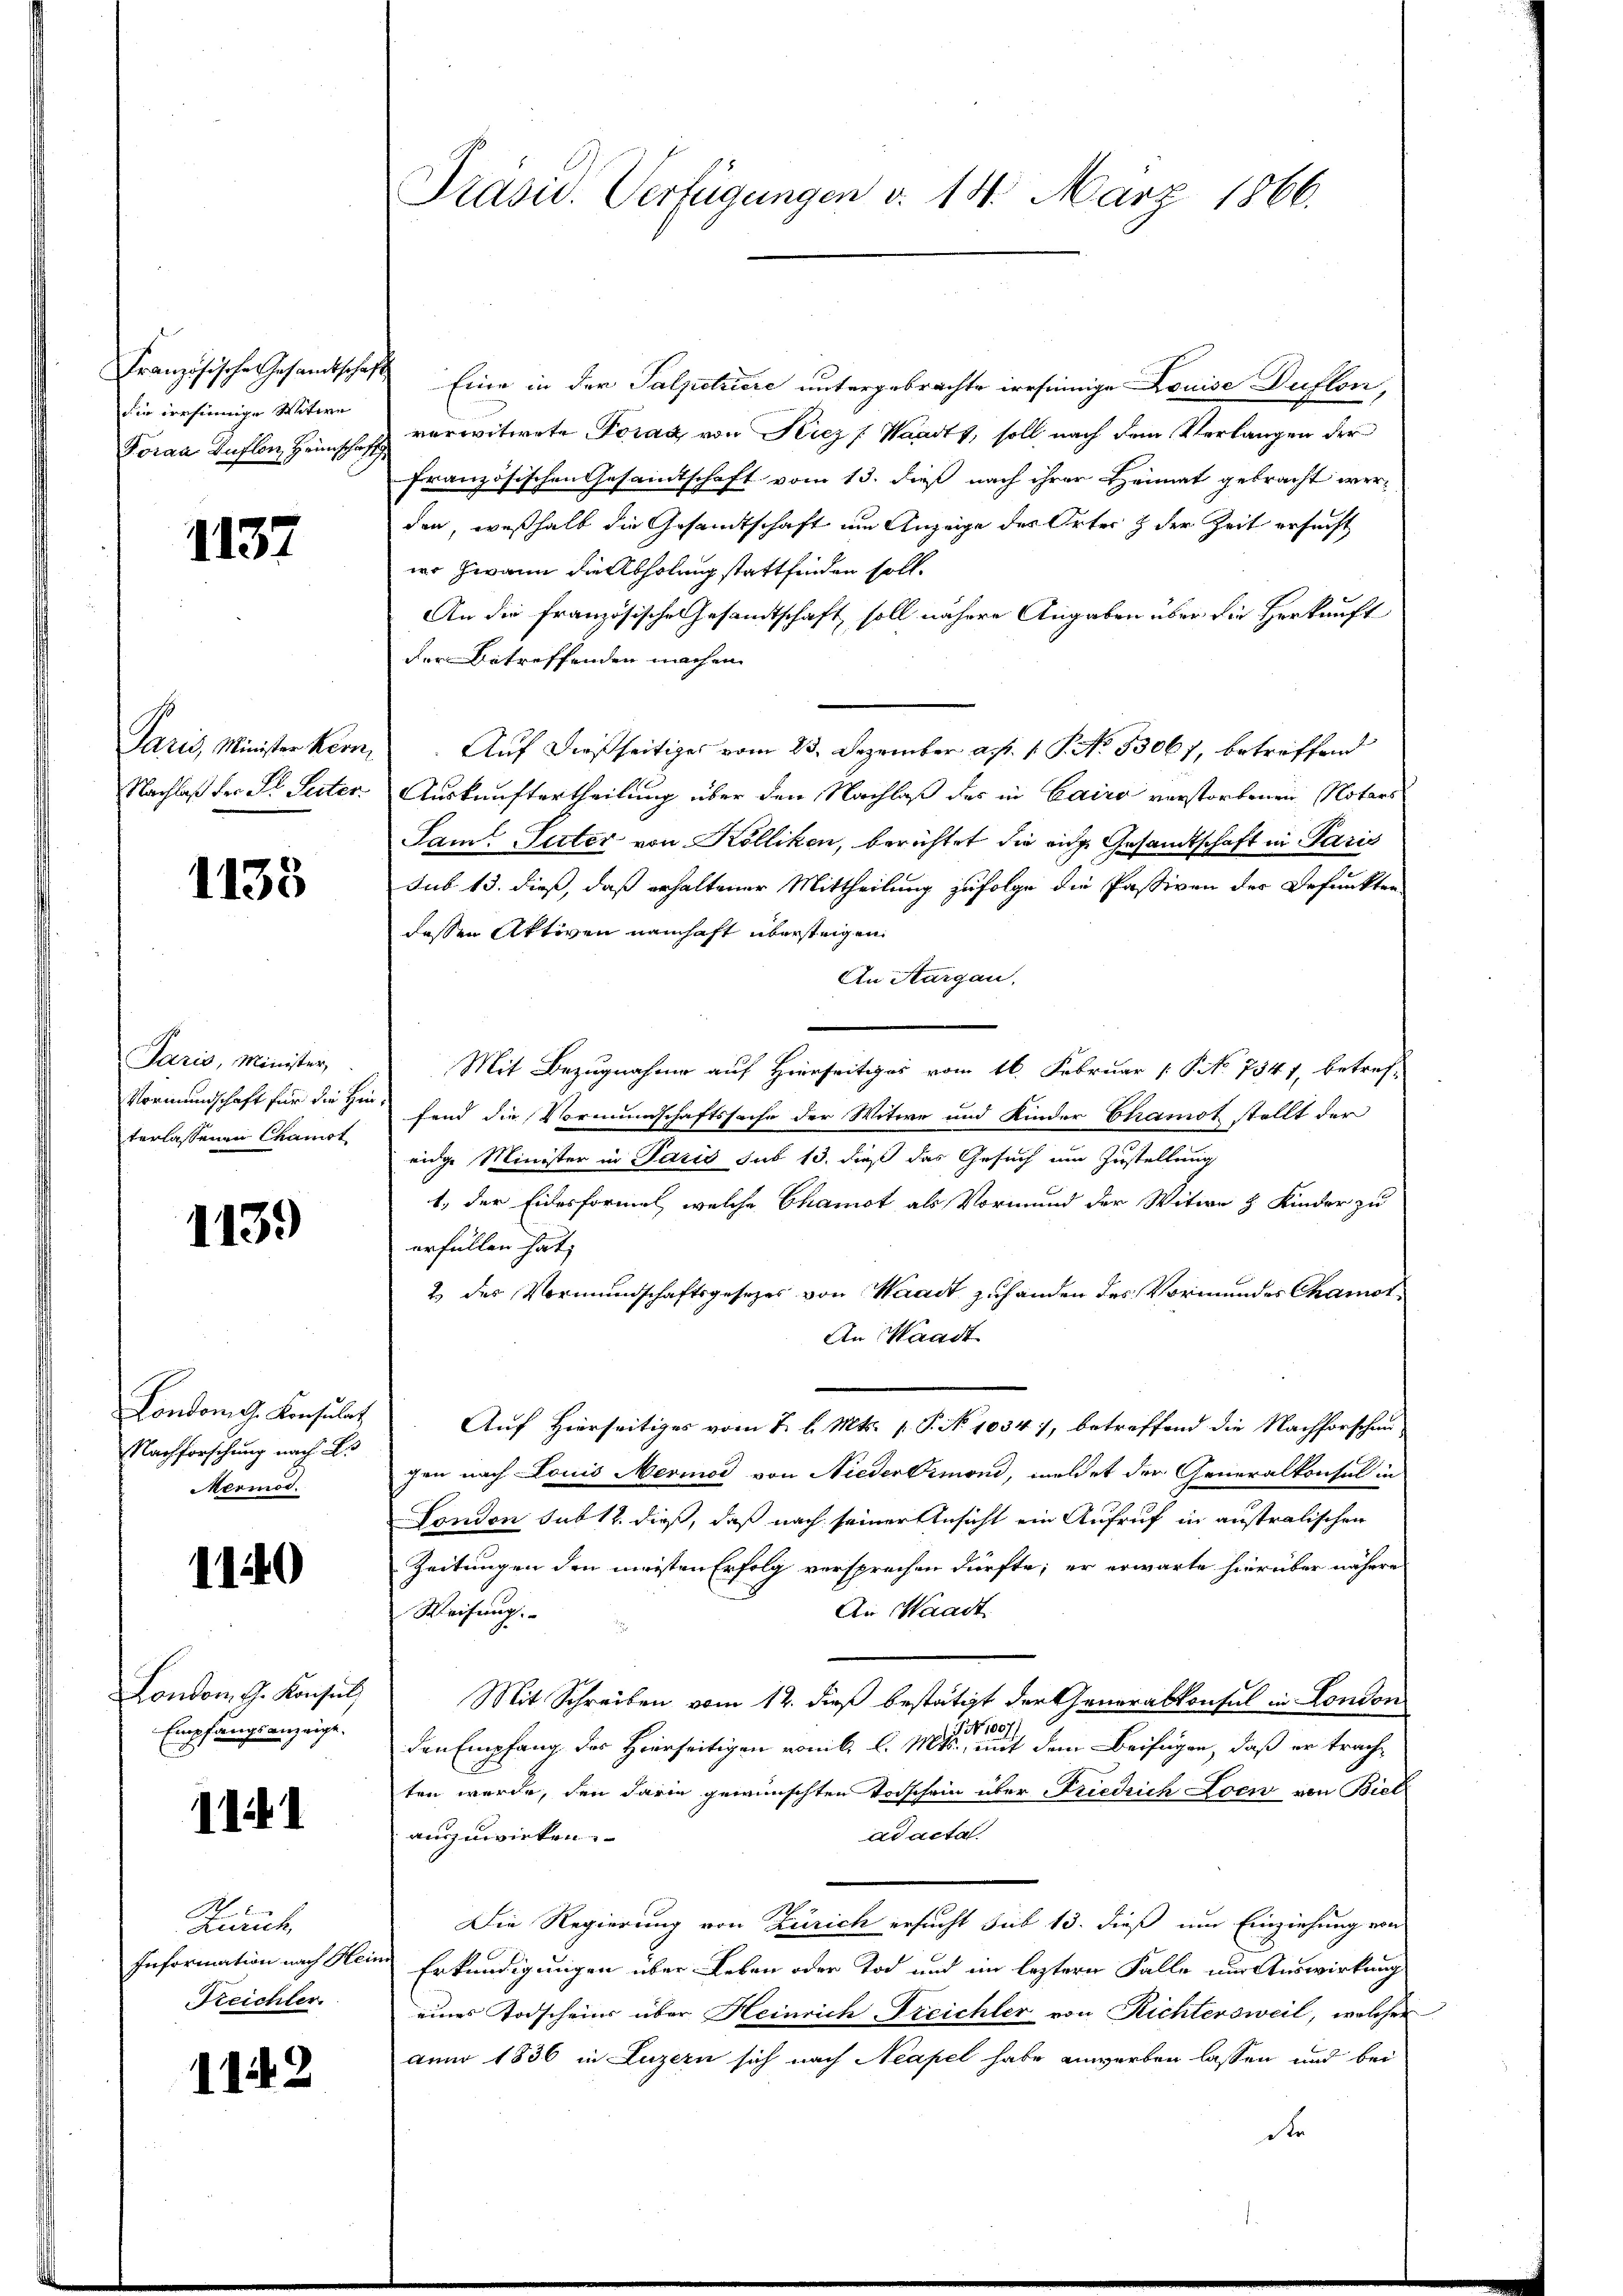
Französische Gesandtschaf
die irrsinnige Witwe
Foraa Auflon, Heimschaf

1137

Paris, Minister Kern
Nachlaß der Dr. Peter

1133

Paris, Minister,
Vormundschaft für die Zu
terlassenen Chanist

1139

London Sr. Konsulat
Nachforschung nach Er
Mermod.

1140

London G. Konsul
Empfangsanzeige.

1141

Zürich
Information nach Hei¬
Reichter.

142

Präsid. Verfügungen d. 14. März 1866.

Eine in der Salpetriere untergebrachte irrsinnige Louise Duflon,
verwitwete Torak von Kiez (Waadt, soll nach dem Verlangen der
französischen Gesamtschaft vom 13. dieß nach ihrer Heimat gebracht werden, weßhalb die Gesandtschaft um Anzeige des Ortes & der Zeit ersucht
wo zwann die Abholung stattfinden soll.
An die französische Gesandtschaft soll nähere Angaben über die Herkauft
der Betreffenden machen
Auf dießseitiges vom 23. Dezember a. p. 1. P. No. 53067, betreffend
Auskunftertheilung über den Nachlaß des in Cairo verstorbenen Notars
Sam. Suter von Kölliken, berichtet die eige Gesandtschaft in Paris
sub 13. dieß, daß erhaltener Mittheilung zufolge die Passiven der Befunkten
dessen Aktiven namhaft übersteigen.
An Aargau,
Mit Bezugnahme auf Hierseits vom 16. Februar [No 7541, betref-
fand die Vormundschaftssache der Witwe und Kinder Chamot stellt der
eige Minister in Paris sub 13. dieß das Gesuch um Zustellung
1., der Eidesformel, welche Chamot als Vormund der Witwe H. Kinder zu
erfüllen hat;
2 des Vormundschaftsgesetzes von Waadt zuhanden des Vormundes Chamot
An Waadt
Auf Hierseitiges vom 2. l. Mts. p. P. No 1034), betreffend die Nachforschun
gen nach Louis Meriod von Niederdrmond, weldet der Generalkonsul in
London sub 12. dieß, daß nach seiner Ansicht ein Aufruf in anstralischen
Zeitungen den meisten Erfolg versprechen dürfte; er erwarte hierüber nähere
An Waadt
Weisung.
Mit Schreiben vom 12. dieß bestätigt der Generalkonsul in London
G No 1087/
den Empfang des Hierseitigen vomit, l. Mts., mit dem Beifügen, daß er trachten wurde, den darin gewünschten Torschein über Friedrich Loen von Biel
ad acta
auszuwirken.
Die Regierung von Zürich ersucht sub 13. dieß um Einziehung von
Erkundigungen über Leben oder Tod und im lezterer Falle um Auswirkung
eines Todscheins über Heinrich Freichter von Richtersweil, welcher
ann 1836 in Luzern sich nach Neapel habe anwerben lassen und bei
Re